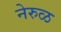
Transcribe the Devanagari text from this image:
नेरुळ